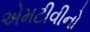
એમટીવીનો